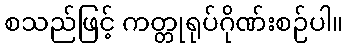
စသည်ဖြင့် ကတ္တုရုပ်ဂိုဏ်းစဉ်ပါ။